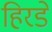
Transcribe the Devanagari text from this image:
हिरडे